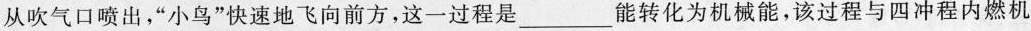
从吹气口喷出，”小鸟”快速地飞向前方，这一过程是___能转化为机械能，该过程与四冲程内燃机